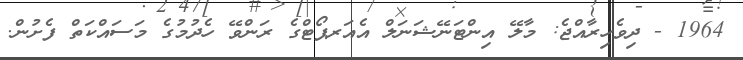
1964 - ދިވެހިރާއްޖެ: މާލޭ އިންޓަނޭޝަނަލް އެއަރޕޯޓްގެ ރަންވޭ ހެދުމުގެ މަސައްކަތް ފެށުން.